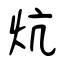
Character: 炕